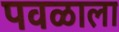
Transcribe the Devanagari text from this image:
पवळाला